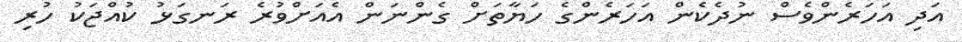
އަދި އަހަރެންވެސް ނުދެކެން އަހަރެންގެ ހަޔާތަށް ގެންނަން އެއަށްވުރެ ރަނގަޅު ކުއްޖަކު ހުރި